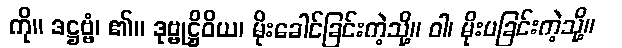
ကို။ ဒဋ္ဌဗ္ဗံ၊ ၏။ ဒုဗ္ဗုဋ္ဌိဝိယ၊ မိုးခေါင်ခြင်းကဲ့သို့။ ဝါ၊ မိုးပခြင်းကဲ့သို့။